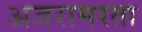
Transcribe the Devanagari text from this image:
अजरामरता